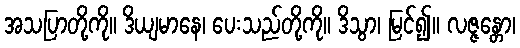
အသပြာတို့ကို။ ဒိယျမာနေ၊ ပေးသည်တို့ကို။ ဒိသွာ၊ မြင်၍။ လဇ္ဇန္တော၊